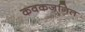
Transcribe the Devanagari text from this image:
कवकजनित